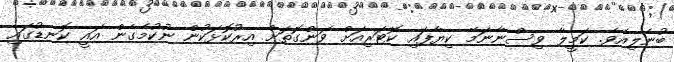
ބުނެލިއެވެ. ކަމީލާ ވިސްނާނަމޭ ކިޔާފައި ކޮޓަރިއަށް ވަންގޮތަށް އިރުކޮޅަކުން ނުކުމެގެން އައީ ކޮނޑުގައި